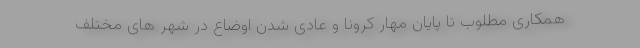
همکاری مطلوب تا پایان مهار کرونا و عادی شدن اوضاع در شهر های مختلف